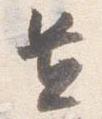
置